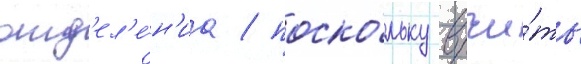
отд'ел'е́н'иа / поско́льку вручи́ть